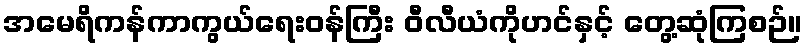
အမေရိကန်ကာကွယ်ရေးဝန်ကြီး ဝီလီယံကိုဟင်နှင့် တွေ့ဆုံကြစဉ်။